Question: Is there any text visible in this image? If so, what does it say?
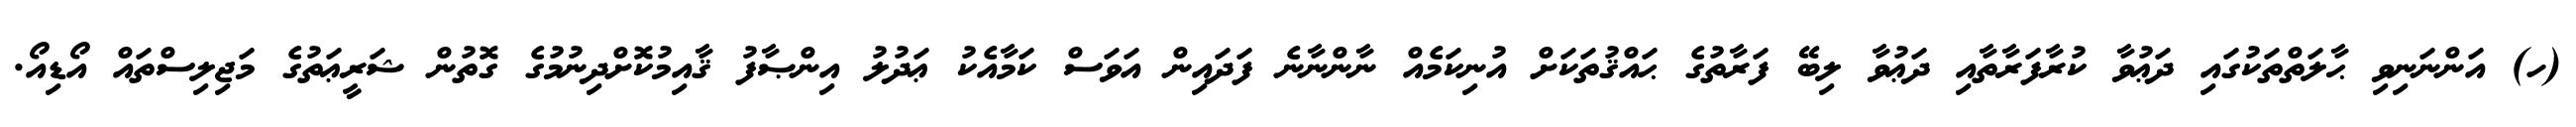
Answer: (ހ) އަންނަނިވި ޙާލަތްތަކުގައި ދަޢުވާ ކުރާފަރާތާއި ދަޢުވާ ލިބޭ ފަރާތުގެ ޙައްޤުތަކަށް އުނިކަމެއް ނާންނާނެ ފަދައިން އަވަސް ކަމާއެކު ޢަދުލު އިންޞާފު ޤާއިމުކޮށްދިނުމުގެ ގޮތުން ޝަރީޢަތުގެ މަޖިލިސްތައް އޯޑިއޯ.